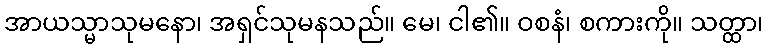
အာယသ္မာသုမနော၊ အရှင်သုမနသည်။ မေ၊ ငါ၏။ ဝစနံ၊ စကားကို။ သတ္ထာ၊